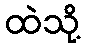
ထဲသို့